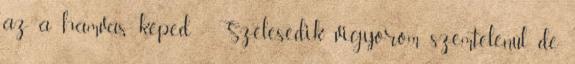
az a hamvas képed - Szélesedik vigyorom szemtelenül, de